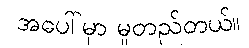
အပေါ်မှာ မူတည်တယ်။